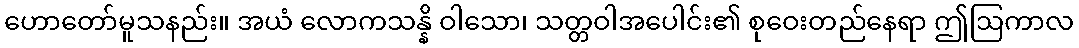
ဟောတော်မူသနည်း။ အယံ လောကသန္နိ ဝါသော၊ သတ္တဝါအပေါင်း၏ စုဝေးတည်နေရာ ဤဩကာလ